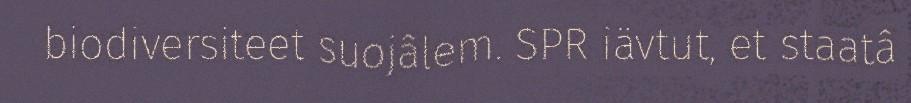
biodiversiteet suojâlem. SPR iävtut, et staatâ